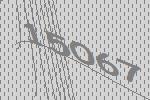
15067